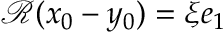
\mathcal { R } ( x _ { 0 } - y _ { 0 } ) = \xi e _ { 1 }